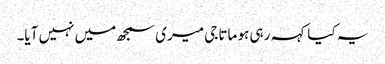
یہ کیا کہہ رہی ہو ماتا جی میری سمجھ میں نہیں آیا۔